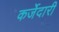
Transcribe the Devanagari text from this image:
कर्जेदारी